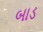
બાડ